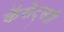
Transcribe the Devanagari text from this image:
कॅसेट्सही